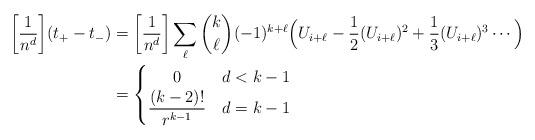
LaTeX: \begin{align*} \biggl[ \frac{1}{n^d} \biggr] (t_+ - t_-) &= \biggl[ \frac{1}{n^d} \biggr] \sum_\ell \binom{k}{\ell} (-1)^{k+\ell} \Bigl( U_{i+\ell} - \frac{1}{2} (U_{i+\ell})^2 + \frac{1}{3} (U_{i+\ell})^3 \cdots \Bigr)\\ &= \begin{cases} \hfil 0 & d < k - 1\\ \displaystyle\frac{(k-2)!}{r^{k-1}} & d = k-1 \end{cases}\end{align*}